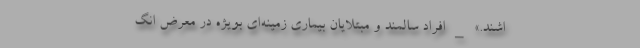
اشند.» _ افراد سالمند و مبتلایان بیماری زمینه‌ای بویژه در معرض انگ